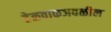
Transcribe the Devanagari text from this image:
हेळवाकजवळील